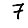
Digit: 7